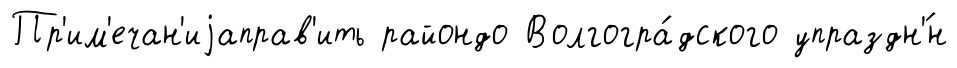
Пр'им'ечан'иjаправ'ить райондо Волгогра́дского упраздн'́н